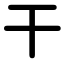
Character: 干